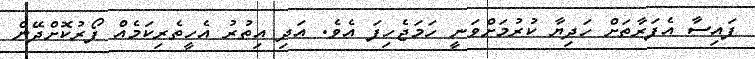
ފައިސާ އެފަރާތަށް ހަދިޔާ ކުރުމަށްވަނީ ހަމަޖެހިފަ އެވެ. އަދި އިތުރު އެހީތެރިކަމެއް ފޯރުކޮށްދޭން